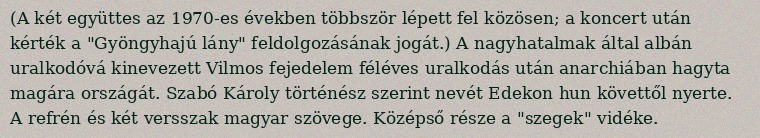
(A két együttes az 1970-es években többször lépett fel közösen; a koncert után kérték a "Gyöngyhajú lány" feldolgozásának jogát.) A nagyhatalmak által albán uralkodóvá kinevezett Vilmos fejedelem féléves uralkodás után anarchiában hagyta magára országát. Szabó Károly történész szerint nevét Edekon hun követtől nyerte. A refrén és két versszak magyar szövege. Középső része a "szegek" vidéke.